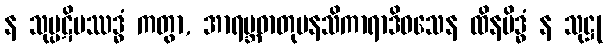
န သုပ္ပဋိပဿဒ္ဓံ ကတွာ, အာရမ္ဘဓာတုမနသိကာရာဒိဝသေန ထိနမိဒ္ဓံ န သုဋ္ဌု